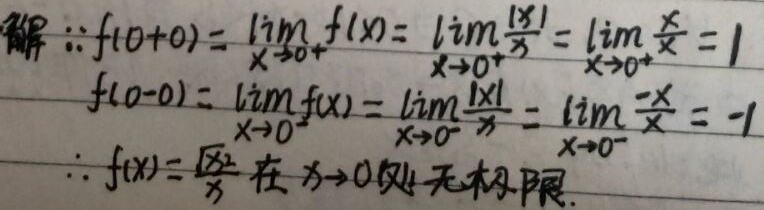
解：\(\because f(0 + 0)=\lim\limits_{x \to 0^{+}}f(x)=\lim\limits_{x \to 0^{+}}\frac{\vert x\vert}{x}=\lim\limits_{x \to 0^{+}}\frac{x}{x}=1\)，
\(f(0 - 0)=\lim\limits_{x \to 0^{-}}f(x)=\lim\limits_{x \to 0^{-}}\frac{\vert x\vert}{x}=\lim\limits_{x \to 0^{-}}\frac{-x}{x}=-1\)，
\(\therefore f(x)=\frac{\vert x\vert}{x}\)在\(x \to 0\)处无极限。